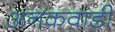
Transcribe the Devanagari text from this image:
अनकवाडी